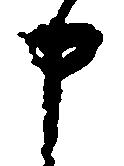
申